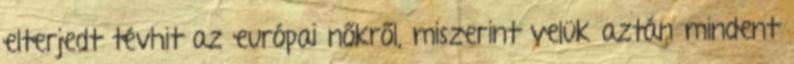
elterjedt tévhit az európai nőkről, miszerint velük aztán mindent